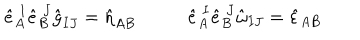
LaTeX: \hat { e } _ { A } ^ { \ I } \hat { e } _ { B } ^ { \ J } \hat { g } _ { I J } = \hat { \eta } _ { A B } \ \ \ \hat { e } _ { A } ^ { \ I } \hat { e } _ { B } ^ { \ J } \hat { \omega } _ { I J } = \hat { \varepsilon } _ { A B }